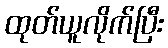
ထုတ်ယူလိုက်ပြီး